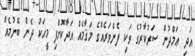
އަދި ޢަމްދުން ސަރުކާރުގެ ވަކި ފެންވަރެއްގެ މަޤާމެއް އަދާކޮށްފި މީހަކު ދެން ބޭނުމެއް